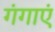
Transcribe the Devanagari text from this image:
गंगाएं